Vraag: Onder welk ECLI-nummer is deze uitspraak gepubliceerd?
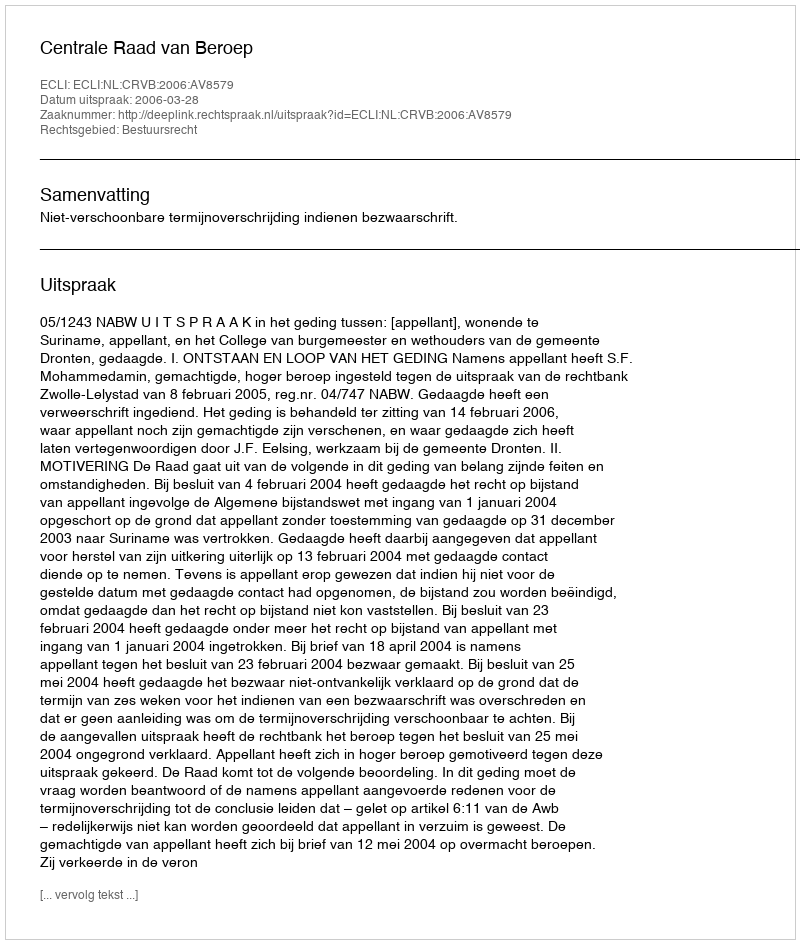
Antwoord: ECLI:NL:CRVB:2006:AV8579